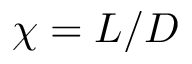
\chi = L / D